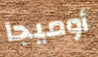
أوميجا